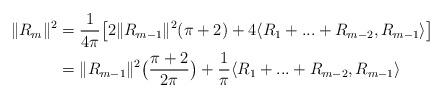
LaTeX: \begin{align*}\|R_m\|^2&= \frac{1}{4 \pi}\big[2 \|R_{m-1}\|^2(\pi+2)+4 \langle R_1+...+R_{m-2}, R_{m-1} \rangle\big] \\&= \|R_{m-1}\|^2\big(\frac{\pi+2}{2 \pi} \big)+ \frac{1}{\pi}\langle R_1+...+R_{m-2}, R_{m-1} \rangle \end{align*}